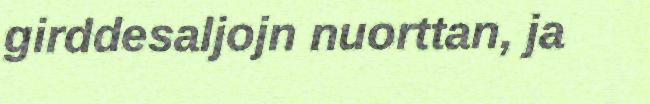
girddesaljojn nuorttan, ja